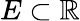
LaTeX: E\subset\mathbb{R}